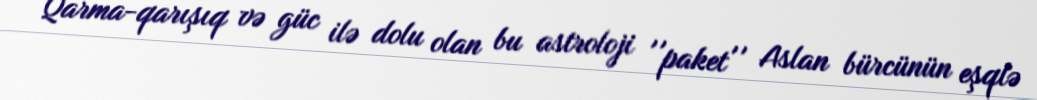
Qarma-qarışıq və güc ilə dolu olan bu astroloji ''paket'' Aslan bürcünün eşqlə